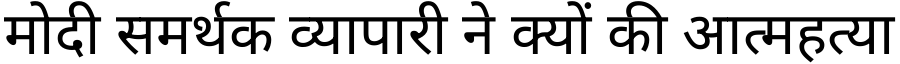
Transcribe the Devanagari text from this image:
मोदी समर्थक व्यापारी ने क्यों की आत्महत्या